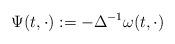
LaTeX: \begin{align*}\Psi(t,\cdot) := -\Delta^{-1} \omega(t,\cdot) \end{align*}